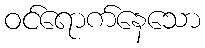
ဝင်ရောက်နေသော